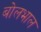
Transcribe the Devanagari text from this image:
बोलभाल